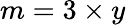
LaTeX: m=3\times y